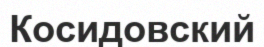
Косидовский